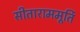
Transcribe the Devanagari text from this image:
सीताराममूर्ति